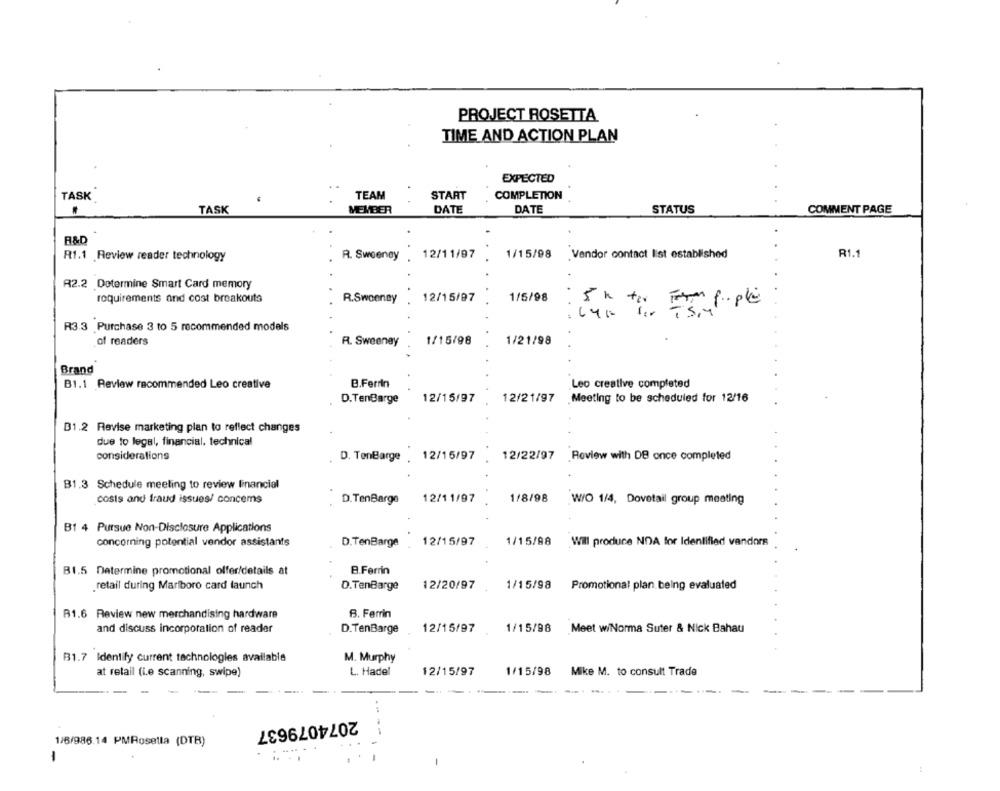
PROJECT ROSETTA
TIME AND ACTION PLAN
EXPECTED
TASK
TEAM
START
COMPLETION
TASK
MEMBER
DATE
DATE
STATUS
COMMENT PAGE
R&D
12/11/97
R1.1
R1.1 Review reader technology
R. Sweeney
1/15/98 Vendor contact list established
R2.2 Dotermine Smart Card memory
requirements and cost breakouts
R.Sweeney
12/15/97
1/5/98
5 h to From ... ple
R3.3 Purchase 3 to 5 recommended models
of readers
1/15/98
R. Sweeney
1/21/98
Brand
B1.1 Review recommended Leo creative
B.Ferrin
Leo creative completed
D.TenBarge
12/15/97
12/21/97
Meeting to be scheduled for 12/16
B1.2 Revise marketing plan to reflect changes
due to legal, financial, technical
considerations
D. TenBarge . 12/15/97
12/22/97 Review with DB once completed
B1.3 Schedule meeling to review financial
costs and fraud issues/ concems
1/8/98
D.TenBarge
12/11/97
W/O 1/4, Dovetail group meeting
B1 4 Pursue Non-Disclosure Applications
concorning potential vendor assistants
D.TenBarge
12/15/97
1/15/98
Will produce NDA for Identified vandors
B1.5 Determine promotional offer/details at
B.Ferrin
retail during Marlboro card launch
12/20/97
1/15/98
Promotional plan being evaluated
D.TenBarge
R1.6 Review new merchandising hardware
B. Ferrin
and discuss incorporation of reader
D.TenBarge
12/15/97
1/15/98
Meet wiNorma Suter & Nick Bahau
B1.7 Identify current technologies available
M. Murphy
at retail (i.e scanning, swipe)
L. Hadel
12/15/97
1/15/98
Mike M. to consult Trade
2074079637
1/6/986.14 PMRosetta (DTR)
-
-
: